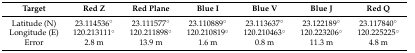
| Target | Red Z | Red Plane | Blue I | Blue V | Blue J | Red Q |
 | --- | --- | --- | --- | --- | --- | --- |
 | Latitude (N) | 23.114536° | 23.111577° | 23.110889° | 23.113637° | 23.122189° | 23.117840° |
 | Longitude (E) | 120.213111° | 120.211898° | 120.210819° | 120.210463° | 120.223206° | 120.225225° |
 | Error | 2.8 m | 13.9 m | 1.6 m | 0.8 m | 11.3 m | 4.8 m |